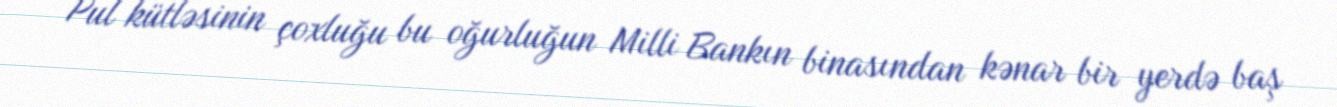
Pul kütləsinin çoxluğu bu oğurluğun Milli Bankın binasından kənar bir yerdə baş